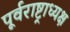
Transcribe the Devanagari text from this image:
पूर्वराष्ट्राध्यक्ष